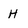
Character: H